Scottish Certificate of Education, 1962
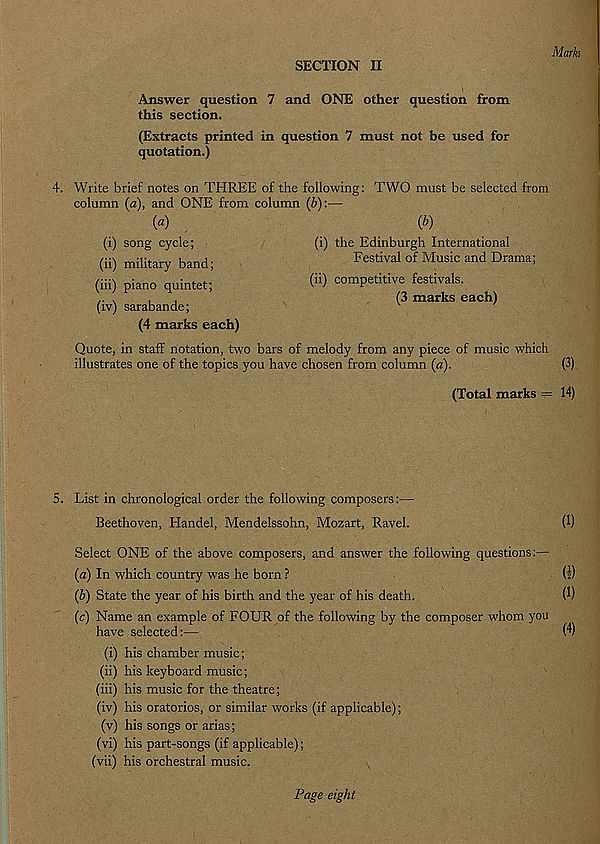
SECTION II
Marks
Answer question 7 and ONE other question from
this section.
(Extracts printed in question 7 must not be used for
quotation.)
4. Write brief notes on THREE of the following: TWO must be selected from
column (a), and ONE from column (b):—
(a)
(b)
(i) the Edinburgh International
Festival of Music and Drama;
(ii) competitive festivals.
(3 marks each)
(4 marks each)
Quote, in staff notation, two bars of melody from any piece of music which
illustrates one of the topics you have chosen from column (a).
(3)
(Total marks = 14)
5. List in chronological order the following composers:—
Beethoven, Handel, Mendelssohn, Mozart, Ravel.
(1)
Select ONE of the above composers, and answer the following questions:—
(a) In which country w r as he born ?
(1)
(b) State the year of his birth and the year of his death.
U)
(c) Name an example of FOUR of the following by the composer whom you
have selected:—
(4)
(i) his chamber music;
(ii) his keyboard music;
(iii) his music for the theatre;
(iv) his oratorios, or similar works (if applicable);
(v) his songs or arias;
(vi) his part-songs (if applicable);
(vii) his orchestral music.
(i) song cycle;
(ii) military band;
(iii) piano quintet;
(iv) sarabande;
Page eight